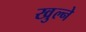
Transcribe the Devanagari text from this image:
खुल्ने